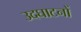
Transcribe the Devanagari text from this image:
उदघाटनों